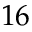
1 6